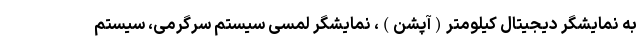
به نمایشگر دیجیتال کیلومتر(آپشن)، نمایشگر لمسی سیستم سرگرمی، سیستم